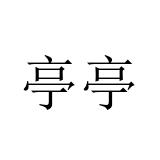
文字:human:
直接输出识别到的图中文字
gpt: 亭亭